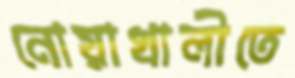
নোয়াখালীতে